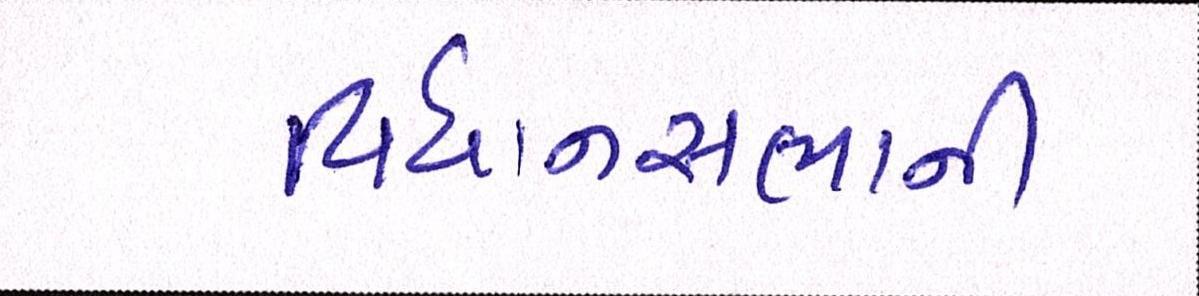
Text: વિધાનસભાની